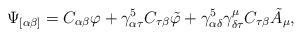
LaTeX: \begin{align*}\Psi_{[ \alpha\beta ]}= C_{\alpha\beta}\varphi +\gamma^5_{\alpha\tau}C_{\tau\beta}\tilde \varphi + \gamma^5_{\alpha\delta}\gamma^\mu_{\delta\tau} C_{\tau\beta} \tilde A_\mu ,\end{align*}